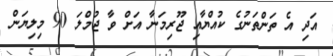
އަދި އެ ތަންތަނުގެ ކުއްޔާއި ޖޫރިމަނާ އަށް ވާ ޖުމްލަ 90 މިލިޔަން